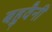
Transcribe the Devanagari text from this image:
बहुवैनी